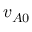
v _ { A 0 }